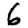
Digit: 6